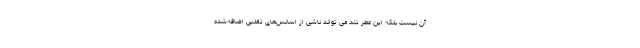
آن نیست بلکه این عطر تند می تواند ناشی از اسانس‌های تقلبی اضافه‌شده